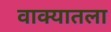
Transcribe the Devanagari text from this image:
वाक्यातला